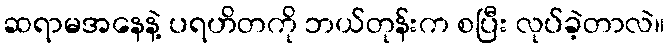
ဆရာမအနေနဲ့ ပရဟိတကို ဘယ်တုန်းက စပြီး လုပ်ခဲ့တာလဲ။